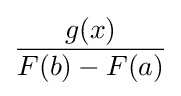
{\frac {g(x)}{F(b)-F(a)}}